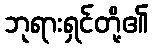
ဘုရားရှင်တို့၏